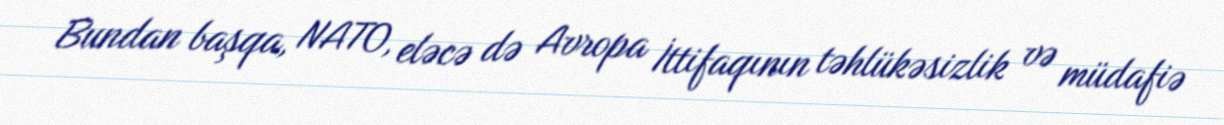
Bundan başqa, NATO, eləcə də Avropa İttifaqının təhlükəsizlik və müdafiə